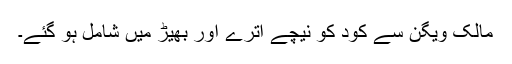
مالک ویگن سے کود کو نیچے اترے اور بھیڑ میں شامل ہو گئے۔